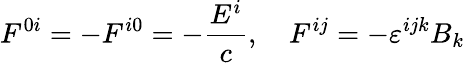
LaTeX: F^{0i}=-F^{i0}=-{\frac{E^{i}}{c}},\quad F^{ij}=-\varepsilon^{ijk}B_{k}